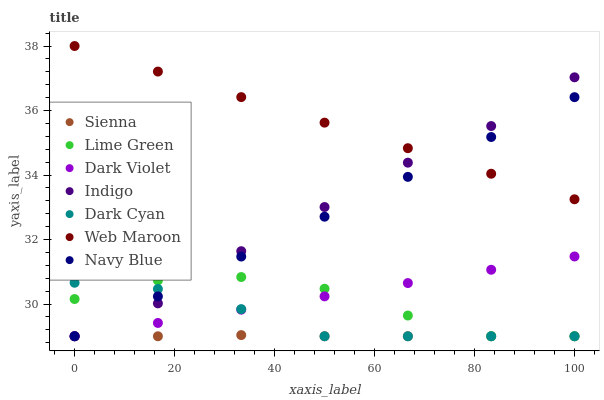
| xaxis_label | Sienna | Lime Green | Dark Violet | Indigo | Dark Cyan | Web Maroon | Navy Blue |
 | --- | --- | --- | --- | --- | --- | --- | --- |
 | 0 | 29 | 30.2 | 29 | 29 | 30.7 | 38 | 29 |
 | 16.7 | 29 | 30.7 | 29.4 | 30 | 30.5 | 37.2 | 30.2 |
 | 33.3 | 29 | 30.8 | 29.8 | 31.6 | 29.8 | 36.4 | 31.5 |
 | 50 | 29 | 30.5 | 30.2 | 33 | 29 | 35.6 | 32.7 |
 | 66.7 | 29 | 29.6 | 30.6 | 34.4 | 29 | 34.8 | 33.9 |
 | 83.3 | 29 | 29 | 31.1 | 35.5 | 29 | 34 | 35.2 |
 | 100 | 29 | 29 | 31.5 | 37 | 29 | 33.2 | 36.4 |